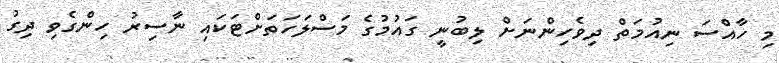
މި ހާއްސަ ނިއުމަތް ދިވެހިންނަށް ލިބުނީ ގައުމުގެ މަސްލަހަތަށްޓަކައި ނާސިރު ހިންގެވި ދިގު